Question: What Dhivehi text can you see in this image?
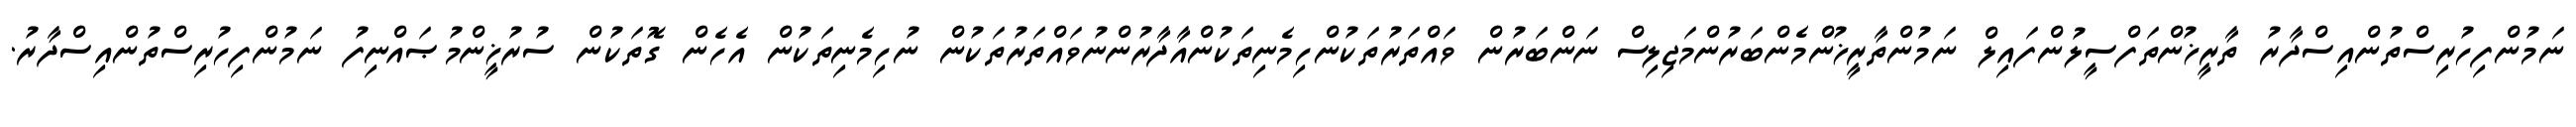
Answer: ނަމުންފިހުރިސްތުންއިސްދާރު ތާރީޚުންތަފްސީލުންފައިލް ނަމުންތާރީޚުންމެންބަރުންމަޖިލިސް ނަންބަރުން ވައްތަރުތަކުންހިމެނިތަކުންއާދާރުންނުވައްތަރުތަކުން ނުހިމެނިތަކުން އެހެން ގޮތަކުން ސުރުޚީންމުޞައްނިފު ނަމުންފިހުރިސްތުންއިސްދާރު.